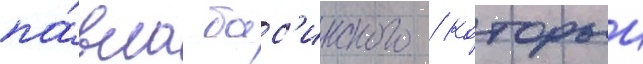
па́вла бас'инского / которыи